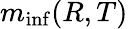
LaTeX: m_{\operatorname*{inf}}(R,T)